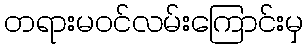
တရားမဝင်လမ်းကြောင်းမှ